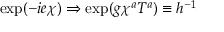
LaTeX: \exp ( - i e \chi ) \Rightarrow \exp ( g \chi ^ { a } T ^ { a } ) \equiv h ^ { - 1 }